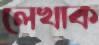
লেখাক